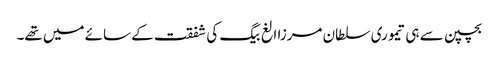
بچپن سے ہی تیموری سلطان مرزا الغ بیگ کی شفقت کے سائے میں تھے۔